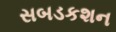
સબડકશન